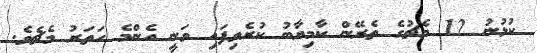
ކުޅުނު 12 މެޗުގެ ތެރޭން ކާމިޔާބު ކުރެވިފައި ވަނީ އެންމެ ހަތަރު މެޗެވެ.